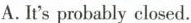
A.It's probably closed.